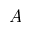
A